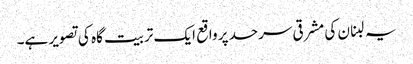
یہ لبنان کی مشرقی سرحد پر واقع ایک تربیت گاہ کی تصویر ہے۔